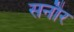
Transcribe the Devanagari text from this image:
सनौर